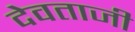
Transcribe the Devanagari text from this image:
देवताजी